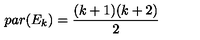
p a r ( E _ { k } ) = { \frac { ( k + 1 ) ( k + 2 ) } { 2 } }